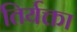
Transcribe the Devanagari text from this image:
तिर्यक्ता